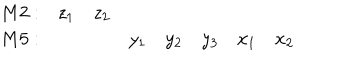
\begin{array} { r c c c c c c c } { { { M 2 } : } } & { { z _ { 1 } } } & { { z _ { 2 } } } & { { } } & { { } } & { { } } & { { } } & { { } } \\ { { { M 5 } : } } & { { } } & { { } } & { { y _ { 1 } } } & { { y _ { 2 } } } & { { y _ { 3 } } } & { { x _ { 1 } } } & { { x _ { 2 } } } \\ \end{array}